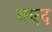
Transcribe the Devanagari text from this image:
नएद